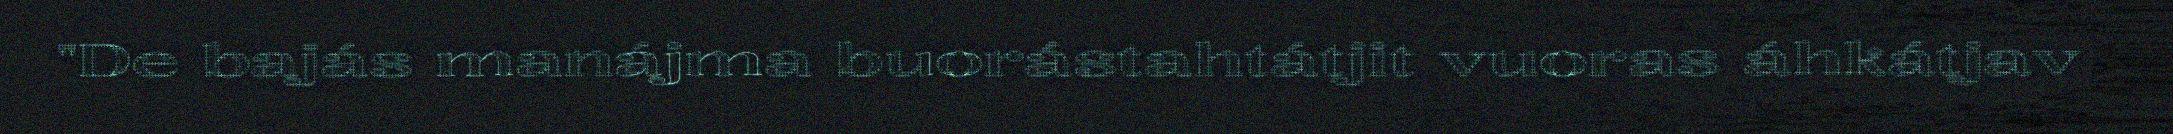
"De bajás manájma buorástahtátjit vuoras áhkátjav